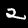
Digit: 2